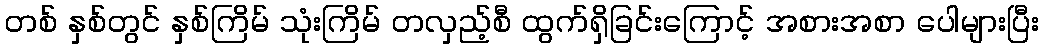
တစ် နှစ်တွင် နှစ်ကြိမ် သုံးကြိမ် တလှည့်စီ ထွက်ရှိခြင်းကြောင့် အစားအစာ ပေါများပြီး